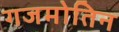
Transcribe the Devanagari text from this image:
गजमोतिन